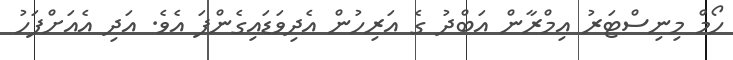
ހޯމް މިނިސްޓަރު އިމްރާން އަބްދު ގެ އަރިހުން އެދިވަޑައިގެންފަ އެވެ. އަދި އެއަށްފަހު